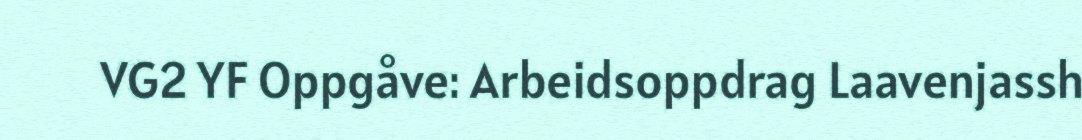
VG2 YF Oppgåve: Arbeidsoppdrag Laavenjassh